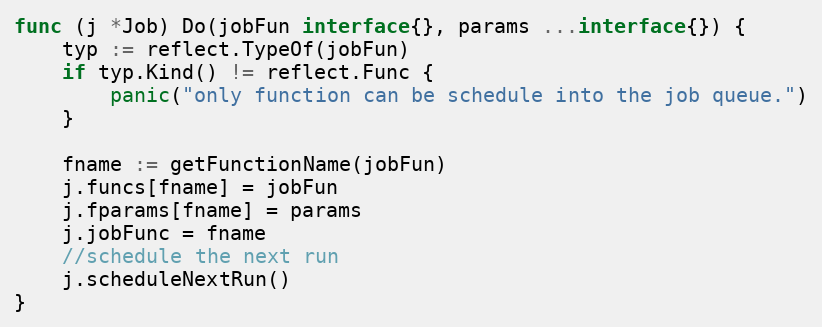
Language: Go
func (j *Job) Do(jobFun interface{}, params ...interface{}) {
	typ := reflect.TypeOf(jobFun)
	if typ.Kind() != reflect.Func {
		panic("only function can be schedule into the job queue.")
	}

	fname := getFunctionName(jobFun)
	j.funcs[fname] = jobFun
	j.fparams[fname] = params
	j.jobFunc = fname
	//schedule the next run
	j.scheduleNextRun()
}